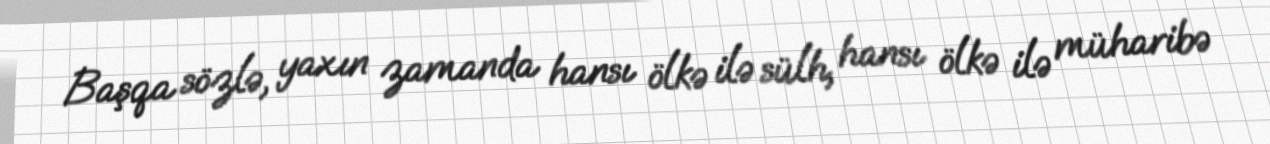
Başqa sözlə, yaxın zamanda hansı ölkə ilə sülh, hansı ölkə ilə müharibə